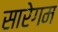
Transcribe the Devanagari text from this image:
सारेगम